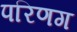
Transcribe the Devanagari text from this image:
परिणग